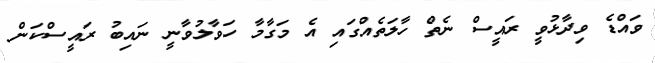
ވައްޑެ ވިދާޅުވީ ރައީސް ނެތް ހާލަތެއްގައި އެ މަގާމާ ހަވާލުވާނީ ނައިބު ރައީސްކަން